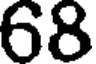
68